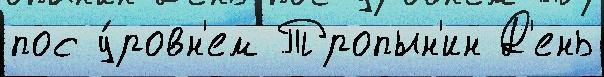
пос у́ровн'ем Тропын'ин Д'ень